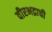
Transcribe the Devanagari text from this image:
वीरभद्राची